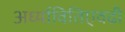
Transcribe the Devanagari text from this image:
अर्ध्यावितिएवढी